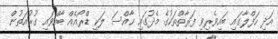
އަދި ހަފްލާގައި ބައިވެރިވި ފަރާތްތަކުގެ މެދުގައި ޚާއްސަ ލަކީ ޑްރޯއެއް ބާއްވައި ގުރުއަތުން